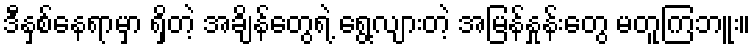
ဒီနှစ်နေရာမှာ ရှိတဲ့ အချိန်တွေရဲ့ ရွေ့လျားတဲ့ အမြန်နှုန်းတွေ မတူကြဘူး။